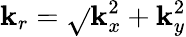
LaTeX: \mathbf{k}_{r}=\sqrt{}{{\mathbf{k}_{x}^{2}+\mathbf{k}_{y}^{2}}}